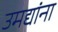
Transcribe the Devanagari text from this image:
उमद्यांना